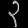
Digit: ၃